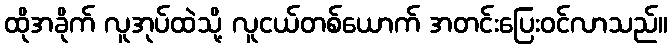
ထိုအခိုက် လူအုပ်ထဲသို့ လူငယ်တစ်ယောက် အတင်းပြေးဝင်လာသည်။